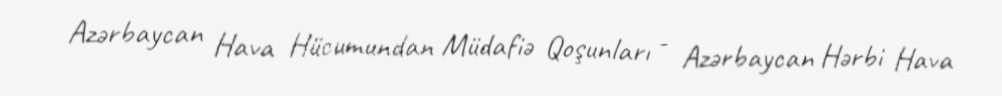
Azərbaycan Hava Hücumundan Müdafiə Qoşunları - Azərbaycan Hərbi Hava